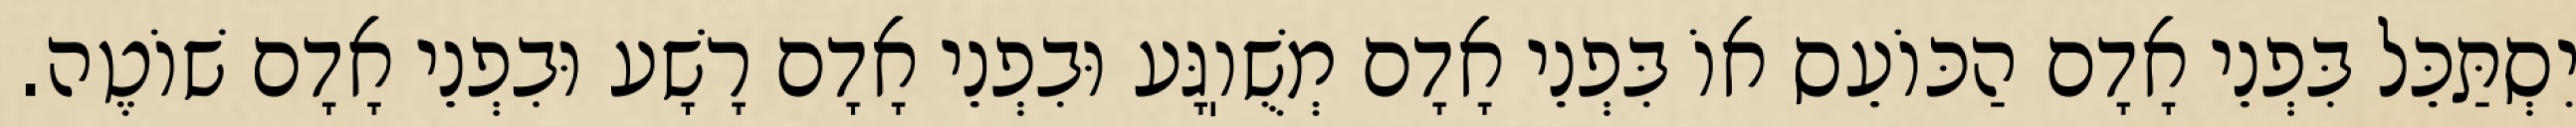
יִסְתַּכֵּל בִּפְנֵי אָדָם הַכּוֹעֵס אוֹ בִּפְנֵי אָדָם מְשֻׁוֽגָּע וּבִפְנֵי אָדָם רָשָׁע וּבִפְנֵי אָדָם שׁוֹטֶה.